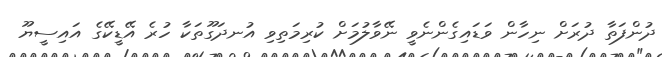
ދުންފަތާ ދުރަށް ނިހާން ވަޑައިގެންނެވީ ނޭވާލުމަށް ކުރިމަތިވި އުނދަގޫތަކާ ހުރެ އޭޑީކޭގެ އައިސީޔޫ